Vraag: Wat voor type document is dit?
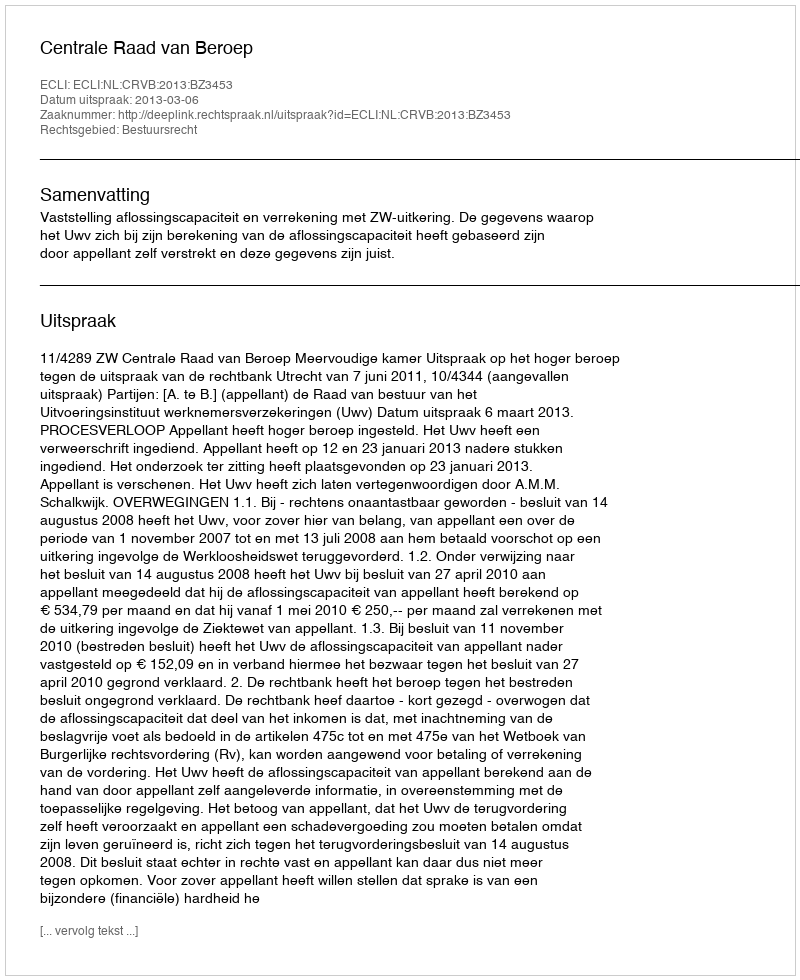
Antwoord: Uitspraak